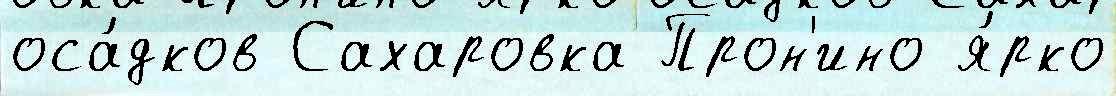
оса́дков Сахаровка Прон'ино я́рко